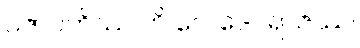
ပဇာပတိဿ ဟိ ဝေါ ဒေဝရာဇဿ၊